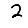
Digit: 2